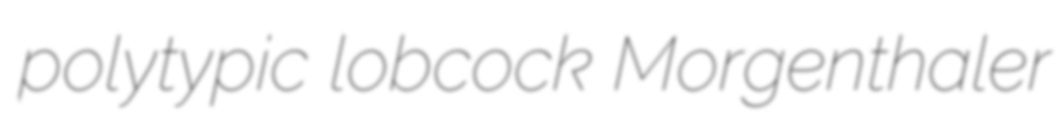
polytypic lobcock Morgenthaler